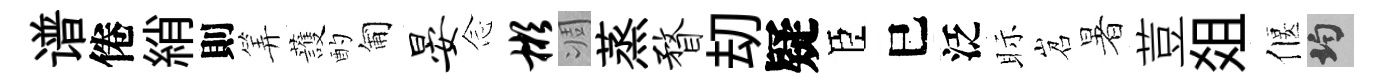
谱倦綃則筭䕶酌匍晏𫝹彬凋蒸瞀刧疑臣巳泛眎岧暑荳爼偃均